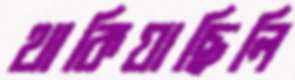
থাকিয়াছিলি